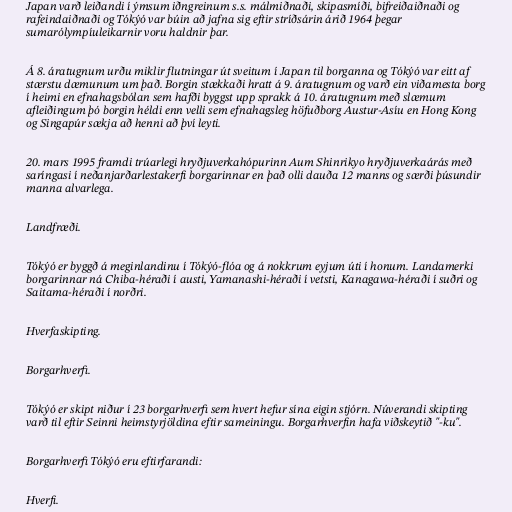
Japan varð leiðandi í ýmsum iðngreinum s.s. málmiðnaði, skipasmíði, bifreiðaiðnaði og
rafeindaiðnaði og Tókýó var búin að jafna sig eftir stríðsárin árið 1964 þegar
sumarólympíuleikarnir voru haldnir þar.

Á 8. áratugnum urðu miklir flutningar út sveitum í Japan til borganna og Tókýó var eitt af
stærstu dæmunum um það. Borgin stækkaði hratt á 9. áratugnum og varð ein viðamesta borg
í heimi en efnahagsbólan sem hafði byggst upp sprakk á 10. áratugnum með slæmum
afleiðingum þó borgin héldi enn velli sem efnahagsleg höfuðborg Austur-Asíu en Hong Kong
og Singapúr sækja að henni að því leyti.

20. mars 1995 framdi trúarlegi hryðjuverkahópurinn Aum Shinrikyo hryðjuverkaárás með
saríngasi í neðanjarðarlestakerfi borgarinnar en það olli dauða 12 manns og særði þúsundir
manna alvarlega.

Landfræði.

Tókýó er byggð á meginlandinu í Tókýó-flóa og á nokkrum eyjum úti í honum. Landamerki
borgarinnar ná Chiba-héraði í austi, Yamanashi-héraði í vetsti, Kanagawa-héraði í suðri og
Saitama-héraði í norðri.

Hverfaskipting.

Borgarhverfi.

Tókýó er skipt niður í 23 borgarhverfi sem hvert hefur sína eigin stjórn. Núverandi skipting
varð til eftir Seinni heimstyrjöldina eftir sameiningu. Borgarhverfin hafa viðskeytið "-ku".

Borgarhverfi Tókýó eru eftirfarandi:

Hverfi.